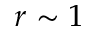
r \sim 1